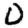
Digit: 0